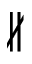
\nparallel